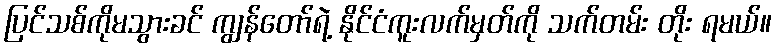
ပြင်သစ်ကိုမသွားခင် ကျွန်တော်ရဲ့ နိုင်ငံကူးလက်မှတ်ကို သက်တမ်း တိုး ရမယ်။